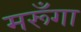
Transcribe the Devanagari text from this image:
मरूँगा